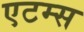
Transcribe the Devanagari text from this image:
एटम्स